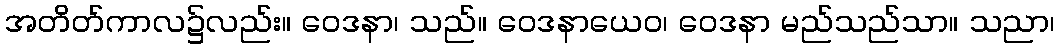
အတိတ်ကာလ၌လည်း။ ဝေဒနာ၊ သည်။ ဝေဒနာယေဝ၊ ဝေဒနာ မည်သည်သာ။ သညာ၊